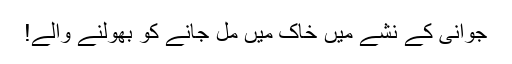
جوانی کے نشے میں خاک میں مل جانے کو بھولنے والے!